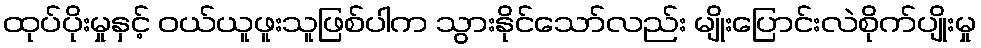
ထုပ်ပိုးမှုနှင့် ဝယ်ယူဖူးသူဖြစ်ပါက သွားနိုင်သော်လည်း မျိုးပြောင်းလဲစိုက်ပျိုးမှု